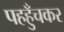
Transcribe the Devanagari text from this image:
पहहुँचकर